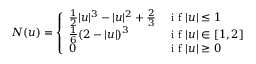
N ( u ) = \left\{ \begin{array} { l l } { \frac { 1 } { 2 } | u | ^ { 3 } - | u | ^ { 2 } + \frac { 2 } { 3 } } & { \mathrm { ~ i ~ f ~ } | u | \leq 1 } \\ { \frac { 1 } { 6 } ( 2 - | u | ) ^ { 3 } } & { \mathrm { ~ i ~ f ~ } | u | \in [ 1 , 2 ] } \\ { 0 } & { \mathrm { ~ i ~ f ~ } | u | \geq 0 } \end{array} \right.